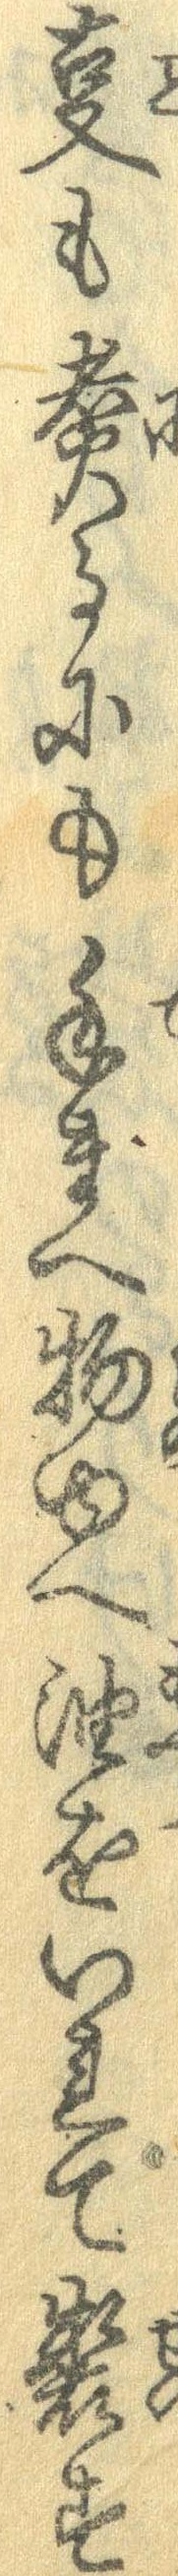
事も煮るにも手まへ物ゆへ油をいれて製す